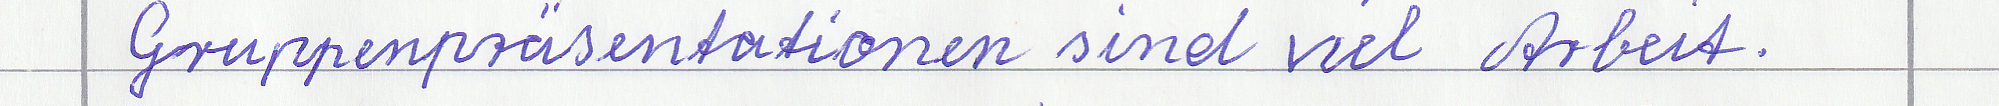
Gruppenpräsentationen sind viel Arbeit.